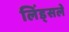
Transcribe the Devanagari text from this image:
लिंड्सले